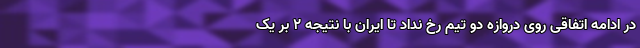
در ادامه اتفاقی روی دروازه دو تیم رخ نداد تا ایران با نتیجه ۲ بر یک